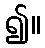
၍။